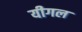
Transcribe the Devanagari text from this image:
यीगल